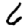
Digit: 6